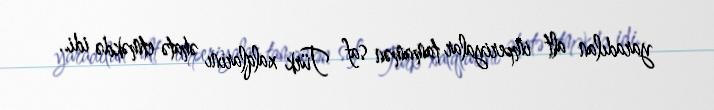
yaradılan alt imperiyalar tamamən saf Türk xalqlarını əhatə etməkdə idi..